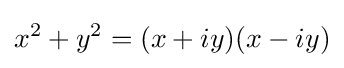
x^{2}+y^{2}=(x+iy)(x-iy)